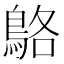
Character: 鴼